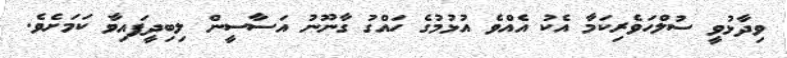
ވިދާޅުވީ ސުލްހަވެރިކަމާ އެކު އެއްވެ އުޅުމުގެ ހައްގު ގާނޫނު އަސާސީން ލިބިދީފައިވާ ކަމަށެވެ.